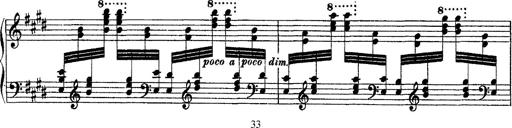
Title: Ã‰tudes d'exÃ©cution transcendante d'aprÃ¨s Paganini
Composer: Franz Liszt